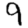
Digit: 9